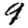
Digit: 9